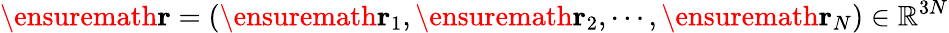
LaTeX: \ensuremath{\mathbf{r}}=(\ensuremath{\mathbf{r}}_{1},\ensuremath{\mathbf{r}}_{2},\cdots,\ensuremath{\mathbf{r}}_{N})\in\mathbb{R}^{3N}